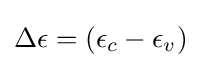
\Delta \epsilon =(\epsilon _{c}-\epsilon _{v})